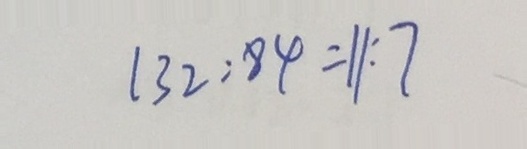
1 3 2 : 8 4 = 1 1 : 7